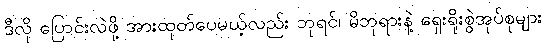
ဒီလို ပြောင်းလဲဖို့ အားထုတ်ပေမယ့်လည်း ဘုရင်၊ မိဘုရားနဲ့ ရှေးရိုးစွဲအုပ်စုများ